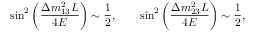
\sin ^ { 2 } \left( \frac { \Delta m _ { 1 3 } ^ { 2 } L } { 4 E } \right) \sim \frac { 1 } { 2 } , \qquad \sin ^ { 2 } \left( \frac { \Delta m _ { 2 3 } ^ { 2 } L } { 4 E } \right) \sim \frac { 1 } { 2 } ,